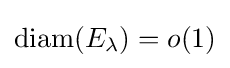
\mathrm {diam} (E_{\lambda })=o(1)